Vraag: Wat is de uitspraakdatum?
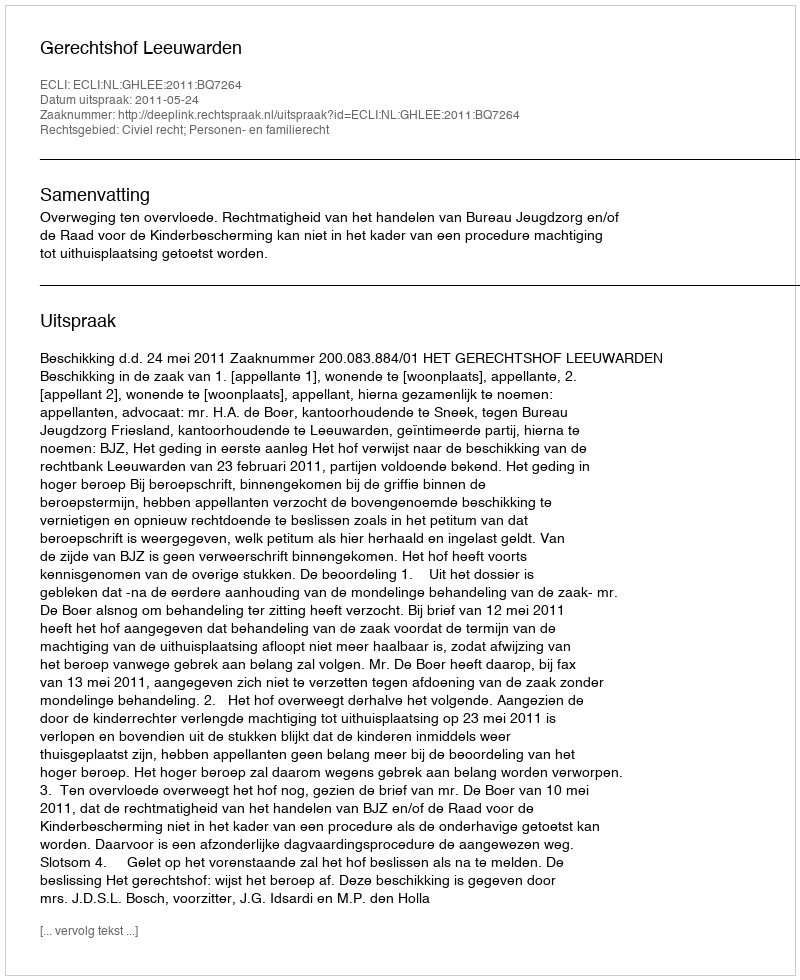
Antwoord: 2011-05-24